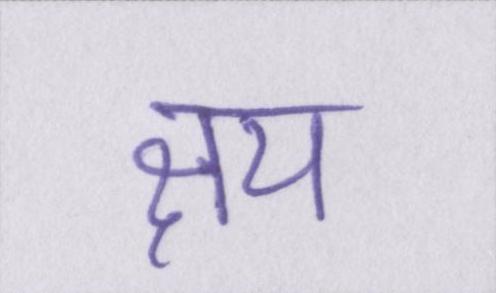
क्षय